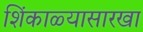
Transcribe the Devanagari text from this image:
शिंकाळ्यासारखा